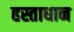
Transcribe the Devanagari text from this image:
हस्ताधान